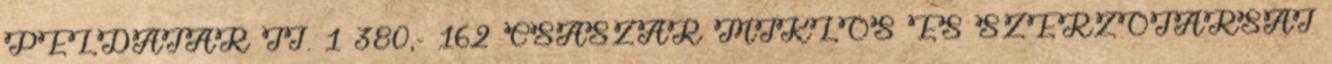
PÉLDATÁR II. 1 380,- 162 CSÁSZÁR MIKLÓS ÉS SZERZŐTÁRSAI